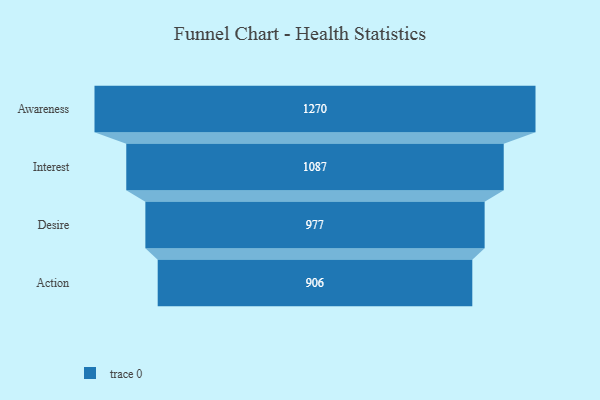
{"axis": {"x": "Stage", "y": "Value"}, "legend": [""], "data": [{"x": "Awareness", "y": 1270.0, "type": ""}, {"x": "Interest", "y": 1087.0, "type": ""}, {"x": "Desire", "y": 977.0, "type": ""}, {"x": "Action", "y": 906.0, "type": ""}]}